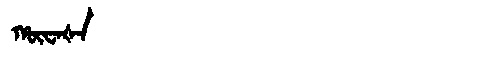
Manchu: ᡥᡡᠸᠠᡧᠠ
Romanization: HŪWAŠA